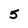
Character: 5